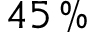
4 5 \, \%